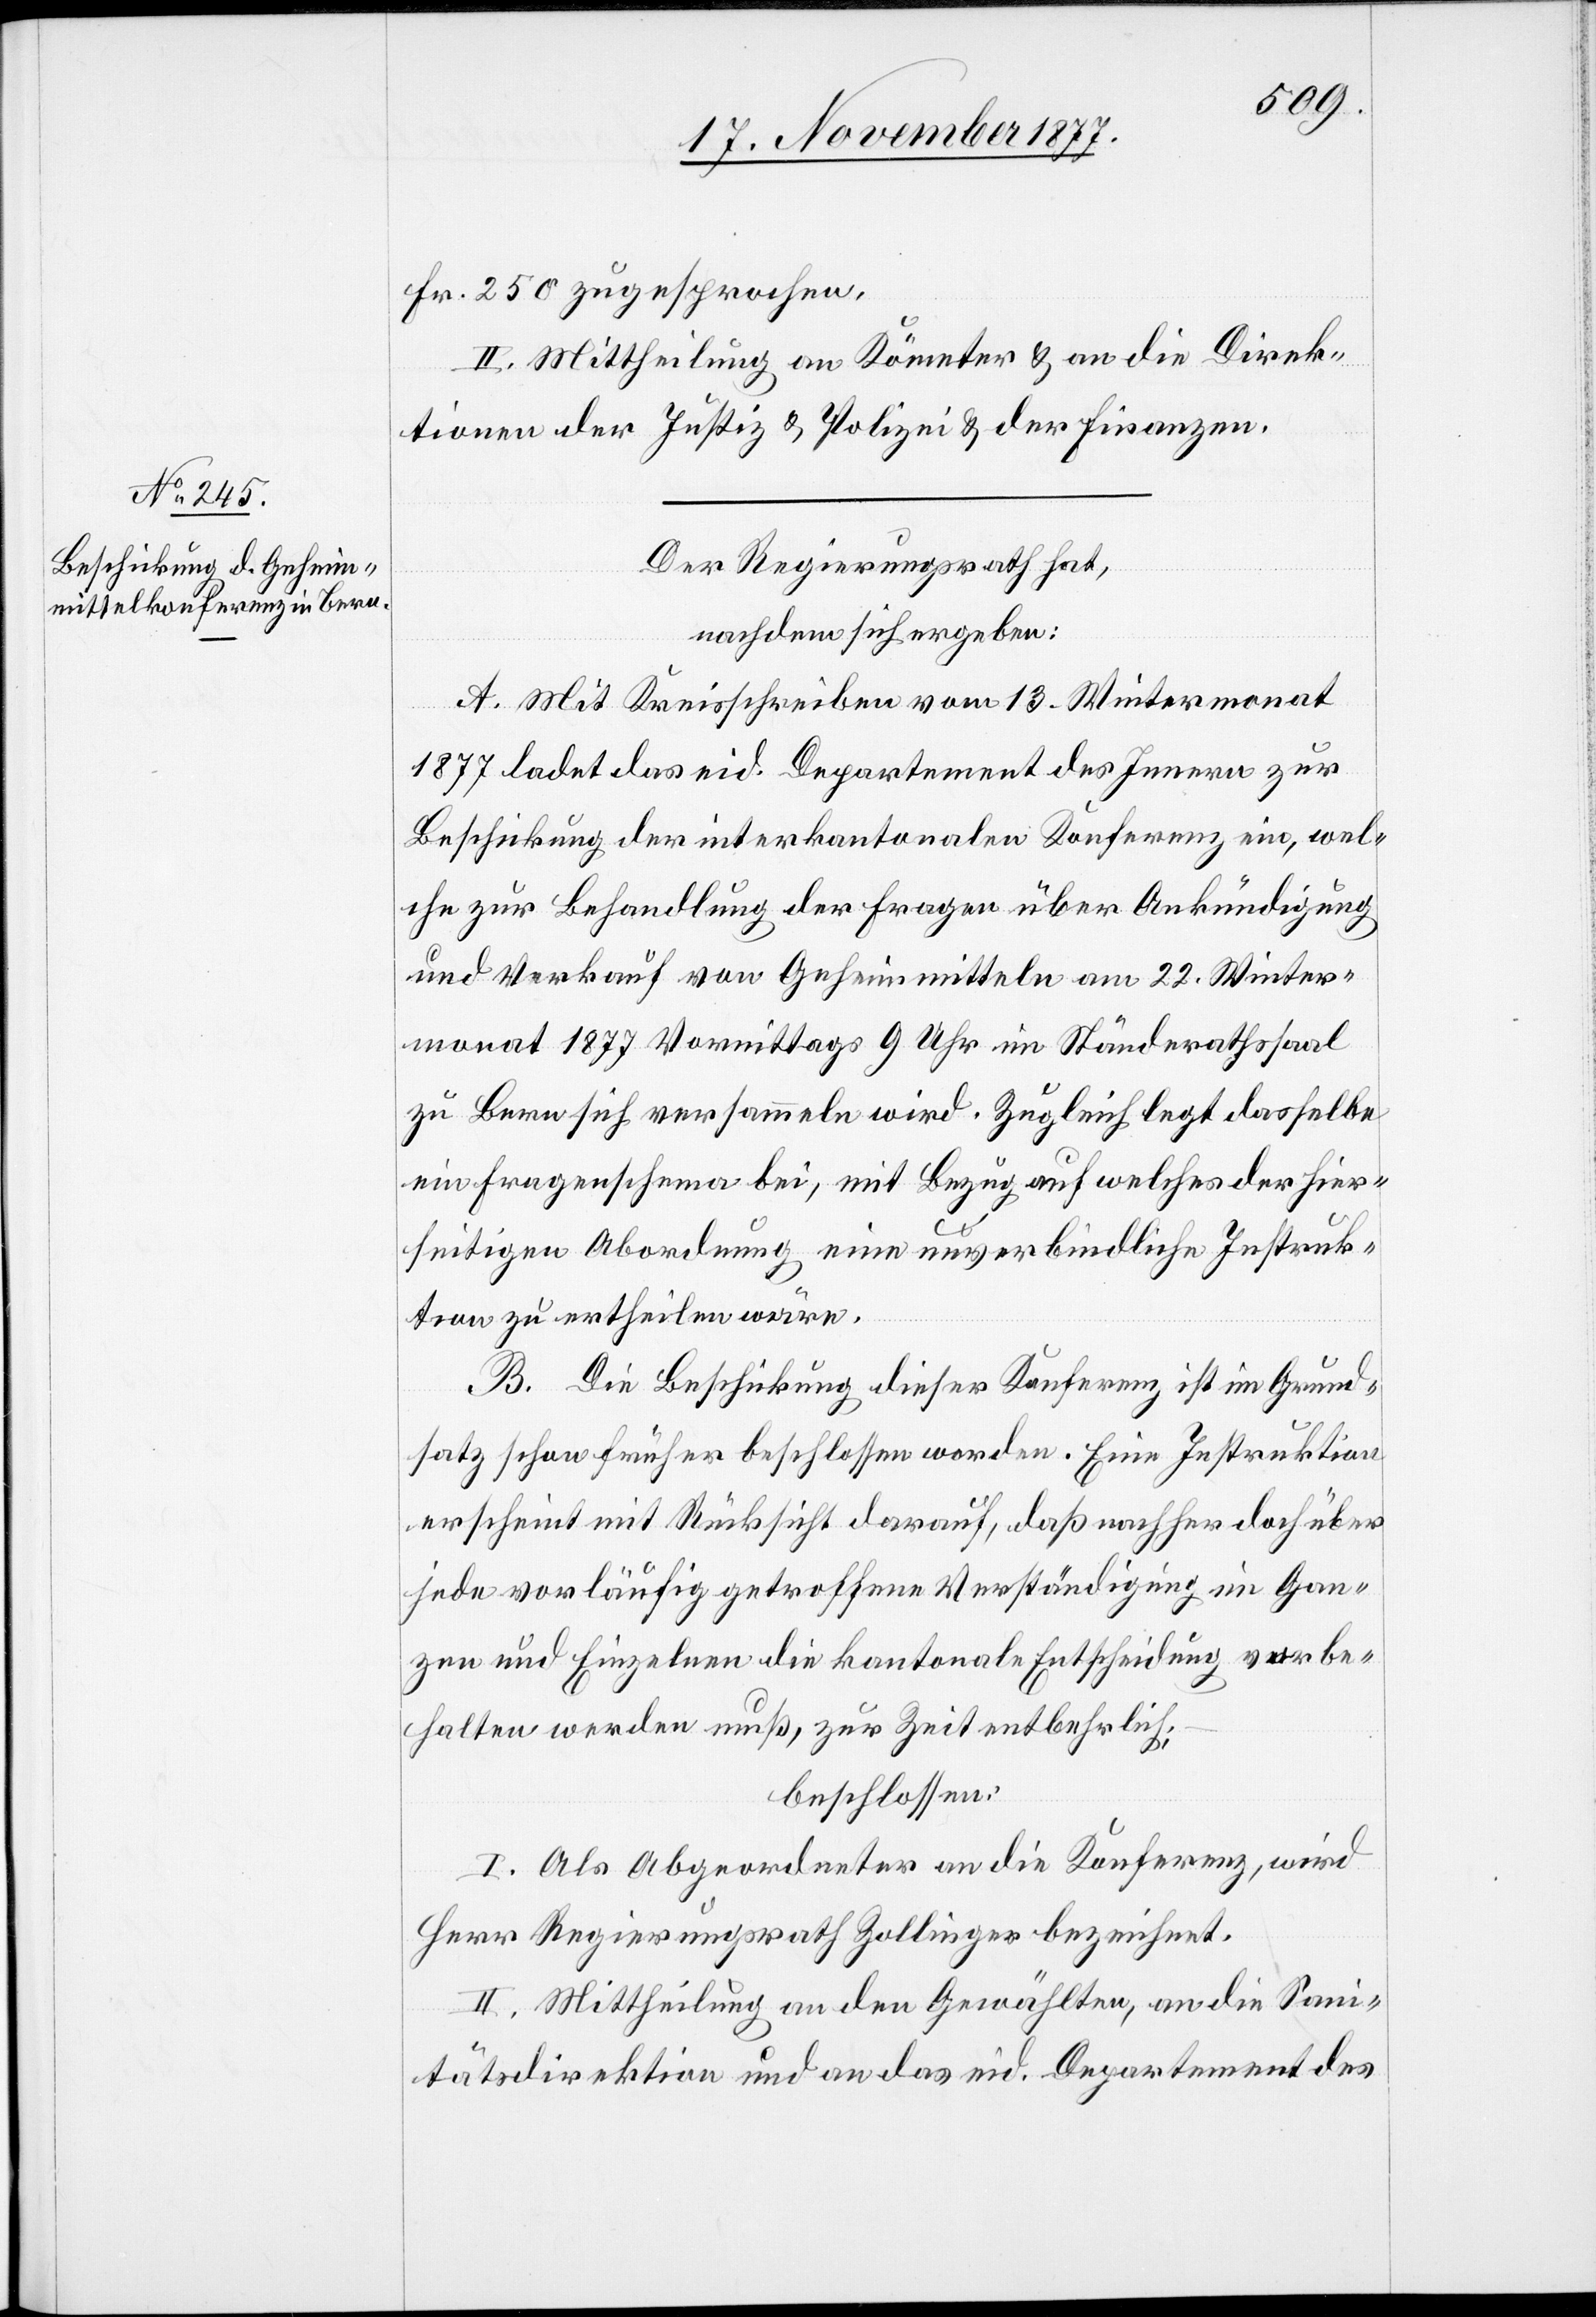
Fr. 250 zugesprochen.
II. Mittheilung an Kömeter & an die Direk¬
tionen der Justiz & Polizei & der Finanzen.
Der Regierungsrath hat,
nachdem sich ergeben:
A. Mit Kreisschreiben vom 13. Wintermonat
1877 ladet das eid. Departement des Innern zur
Beschickung der interkantonalen Konferenz ein, wel¬
che zur Behandlung der Fragen über Ankündigung
und Verkauf von Geheimmitteln am 22. Winter¬
monat 1877 Vormittags 9 Uhr im Ständerathssaal
zu Bern sich versammeln wird. Zugleich legt dasselbe
ein Fragenschema bei, mit Bezug auf welches der hier¬
seitigen Abordnung eine unverbindliche Instruk¬
tion zu ertheilen wäre.
B. Die Beschickung dieser Konferenz ist im Grund¬
satz schon früher beschlossen worden. Eine Instruktion
erscheint mit Rücksicht darauf, daß nachher doch über
jede vorläufig getroffene Verständigung im Gan¬
zen und Einzelnen die kantonale Entscheidung vorbe¬
halten werden muß, zur Zeit entbehrlich;
beschlossen:
I. Als Abgeordneter an die Konferenz, wird
Herr Regierungsrath Zollinger bezeichnet.
II. Mittheilung an den Gewählten, an die San¬
itätsdirektion und an das eid. Departement des